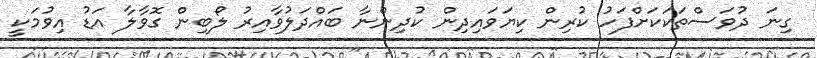
ގިނަ ދުވަސްތަކަކަށްފަހު ކުރިން ކިޔަވައިދިން ކުދިންނާ ބައްދަލުވާއިރު ލޯބިން ގޮވާލާ އަޑު އިވުމަކީ